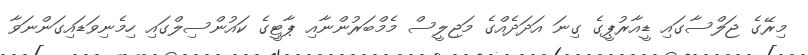
މިރޭގެ ޖަލްސާގައި ޑީއާރުޕީގެ ގިނަ އަދަދެއްގެ މަޖިލީސް މެމްބަރުންނާއި ޕާޓީގެ ކައުންސިލްގައި ހިމެނިވަޑައިގަންނަވާ